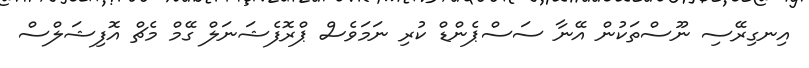
އިނގިރޭސި ނޫސްތަކުން އޭނާ ސަސްޕެންޑް ކުރި ނަމަވެސް ޕްރޮފެޝަނަލް ގޭމް މެޗް އޮފިޝަލްސް